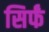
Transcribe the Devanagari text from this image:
सिर्फं